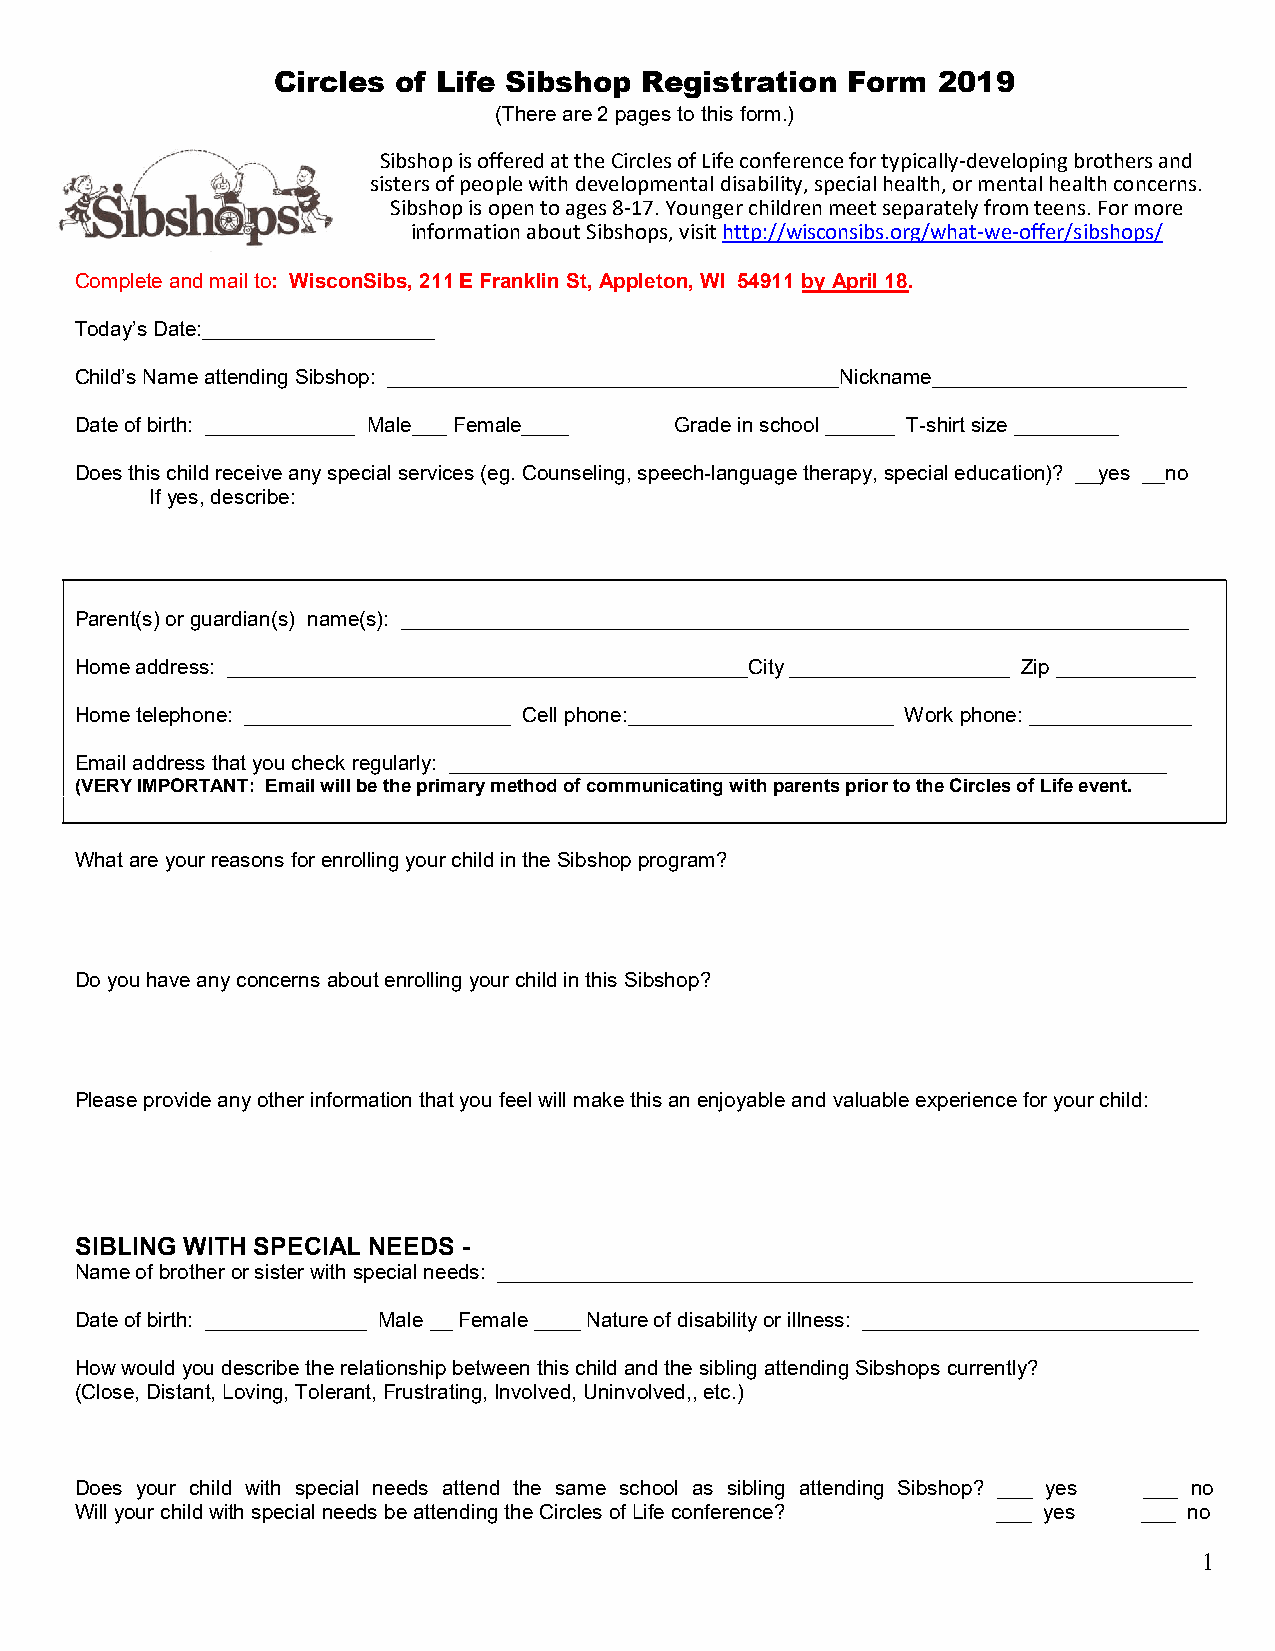
Circles of Life Sibshop Registration  Form  2019
 (There are 2 pages to this form.)
 Sibshop is offered at the Circles of Life conference for typically-developing brothers and
 sisters of people with developmental disability, special health, or mental health concerns.
 Sibshop is open to ages 8-17. Younger children meet separately from teens. For more
 information about Sibshops, visit http://wisconsibs.org/what-we-offer/sibshops/
 Complete and mail to: WisconSibs, 211 E Franklin St, Appleton, WI 54911 by April 18.
 Today’s Date:____________________
 Child’s Name attending Sibshop: _______________________________________Nickname______________________
 Date of birth: _____________ Male___ Female____ Grade in school ______ T-shirt size _________
 Does this child receive any special services (eg. Counseling, speech-language therapy, special education)? __yes __no
 If yes, describe:
 Parent(s) or guardian(s) name(s): ____________________________________________________________________
 Home address: _____________________________________________City ___________________ Zip ____________
 Home telephone: _______________________ Cell phone:_______________________ Work phone: ______________
 Email address that you check regularly: ______________________________________________________________
 (VERY IMPORTANT: Email will be the primary method of communicating with parents prior to the Circles of Life event.
 What are your reasons for enrolling your child in the Sibshop program?
 Do you have any concerns about enrolling your child in this Sibshop?
 Please provide any other information that you feel will make this an enjoyable and valuable experience for your child:
 SIBLING WITH SPECIAL NEEDS -
 Name of brother or sister with special needs: ____________________________________________________________
 Date of birth: ______________ Male __ Female ____ Nature of disability or illness: _____________________________
 How would you describe the relationship between this child and the sibling attending Sibshops currently?
 (Close, Distant, Loving, Tolerant, Frustrating, Involved, Uninvolved,, etc.)
 Does your child with special needs attend the same school as sibling attending Sibshop? ___ yes ___ no
 Will your child with special needs be attending the Circles of Life conference? ___ yes ___ no
 1